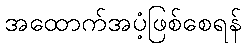
အထောက်အပံ့ဖြစ်စေရန်